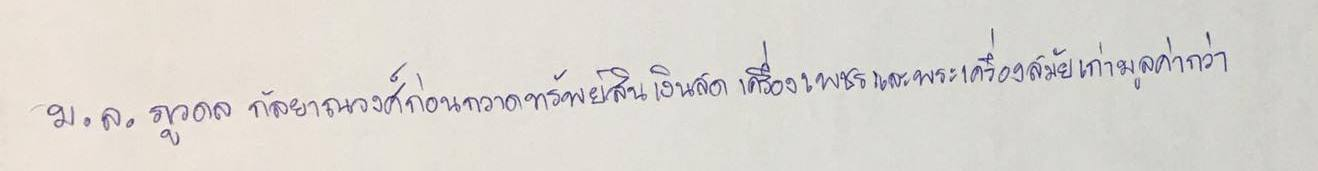
ม.ล.ภูวดล กัลยาณวงศ์ก่อนกวาดทรัพย์สินเงินสดเครื่องเพชรและพระเครื่องสมัยเก่ามูลค่ากว่า